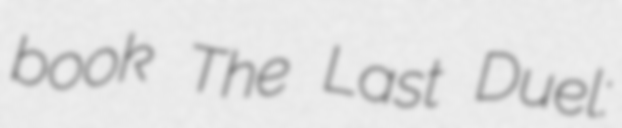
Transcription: book The Last Duel: